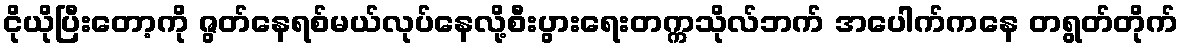
ငိုယိုပြီးတော့ကို ဇွတ်နေရစ်မယ်လုပ်နေလို့စီးပွားရေးတက္ကသိုလ်ဘက် အပေါက်ကနေ တရွတ်တိုက်